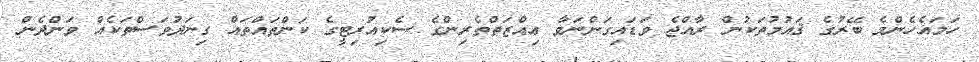
ހަމައެހެންމެ ބޭރުގެ ޤައުމުތަކުން ރާއްޖެ ވަޑައިގަންނަވާ ޢިއްޒަތްތެރިންގެ ސެކިއުރިޓީގެ ކަންތައްތައް ގިނަދުވަސްތަކެއް ވަންދެން